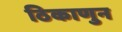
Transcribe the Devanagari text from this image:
ठिकाणुन